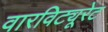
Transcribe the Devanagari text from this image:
वारविट्यूरेट